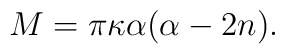
{M}=\pi\kappa \alpha(\alpha-2n).